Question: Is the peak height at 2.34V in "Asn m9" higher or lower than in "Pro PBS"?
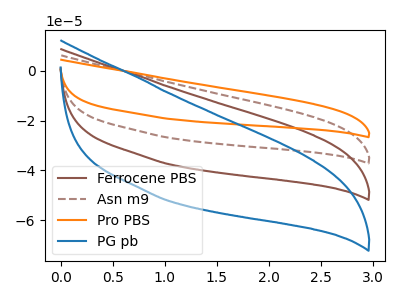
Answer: <think>The brown curve "Ferrocene PBS" has no peaks. The brown dashed curve "Asn m9" has no peaks. The orange curve "Pro PBS" has no peaks. The blue curve "PG pb" has no peaks.</think>
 <answer>"Asn m9" and "Pro PBS" dont share a peak at 2.34V.</answer>
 <eval>mismatch</eval>